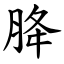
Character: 胮